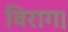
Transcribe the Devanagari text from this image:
विराग।